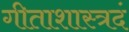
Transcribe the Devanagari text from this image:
गीताशास्त्रदं